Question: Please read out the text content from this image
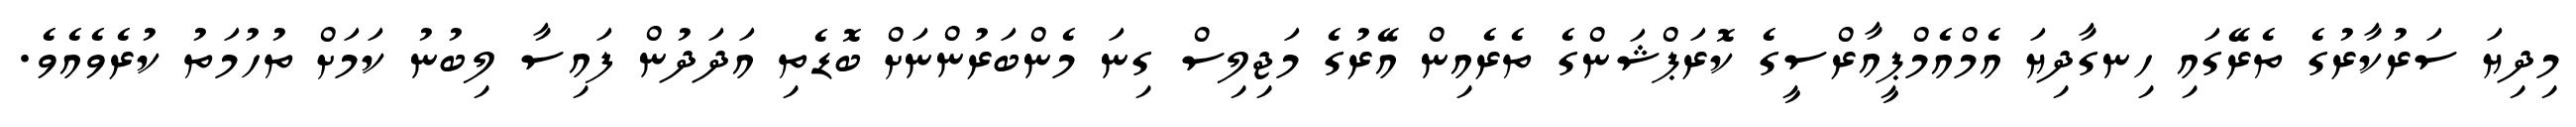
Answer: މިދިޔަ ސަރުކާރުގެ ތެރޭގައި ހިނގާދިޔަ އެމްއެމްޕީއާރްސީގެ ކޮރަޕްޝަންގެ ތެރެއިން އޭރުގެ މަޖިލިސް ގިނަ މެންބަރުންނަށް ބޮޑެތި އަދަދުން ފައިސާ ލިބުނު ކަމަށް ތުހުމަތު ކުރެވެއެވެ.